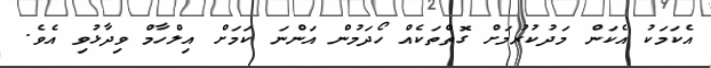
އެކަމަކު އެކަން މަދުކުރުމަށް ގޮތްތަކެއް ހޯދަމުން އަންނަ ކަމަށް އިލްހާމް ވިދާޅުވި އެވެ.